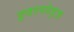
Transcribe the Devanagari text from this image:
इवरग्लेड्ज़